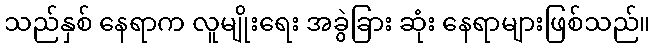
သည်နှစ် နေရာက လူမျိုးရေး အခွဲခြား ဆုံး နေရာများဖြစ်သည်။